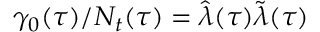
\gamma _ { 0 } ( \tau ) / N _ { t } ( \tau ) = \hat { \lambda } ( \tau ) \tilde { \lambda } ( \tau )